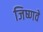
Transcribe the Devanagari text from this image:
जिष्णवे